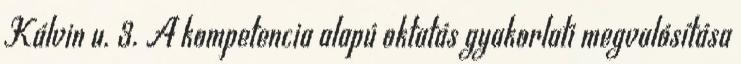
Kálvin u. 3. A kompetencia alapú oktatás gyakorlati megvalósítása